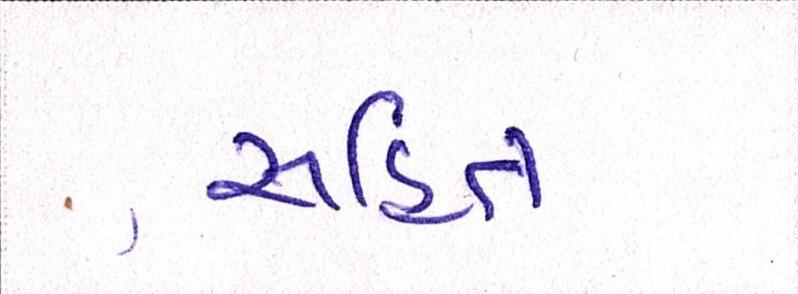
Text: સહિત